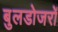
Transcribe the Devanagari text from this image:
बुलडोजरों